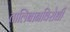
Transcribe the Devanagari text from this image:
तालिबानविरोधी